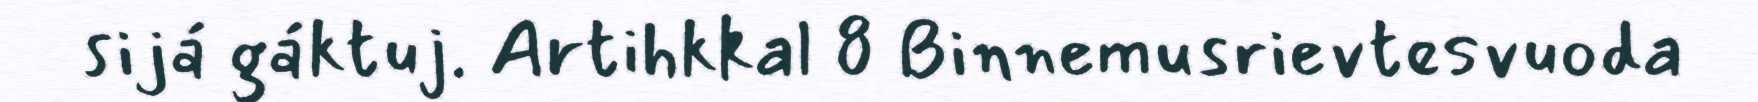
sijá gáktuj. Artihkkal 8 Binnemusrievtesvuoda